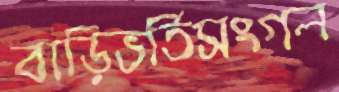
বাড়িভর্তিসংগল